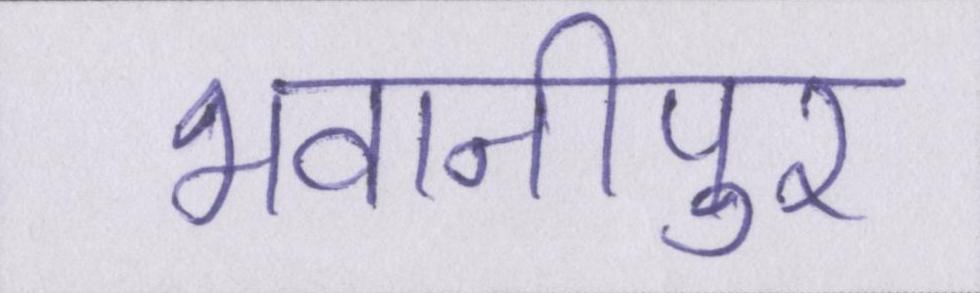
भवानीपुर